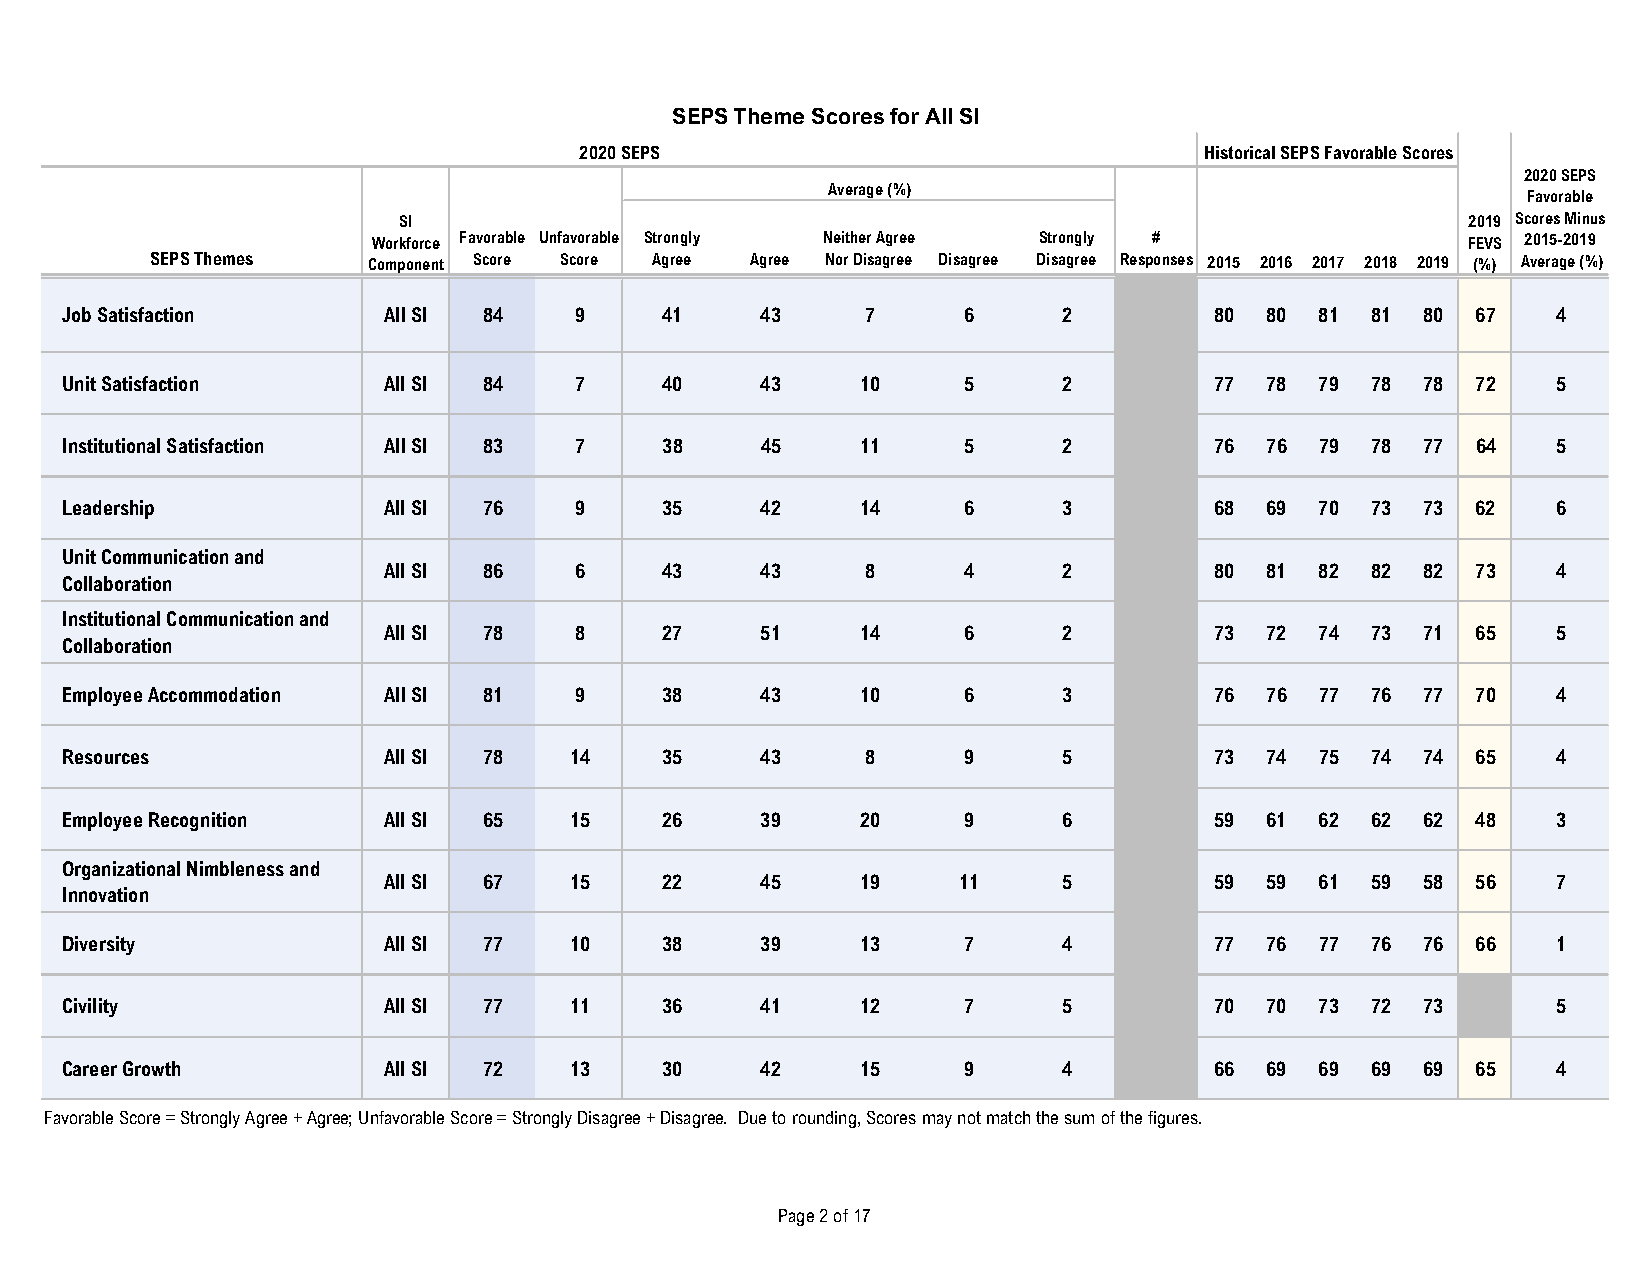
SEPS Theme Scores for All SI
 2020 SEPS                                 Historical SEPS Favorable Scores
 2020 SEPS
 Average (%)
 Favorable
 SI                                                                     2019 Scores Minus
 Workforce Favorable Unfavorable Strongly Neither Agree Strongly #       FEVS 2015-2019
 SEPS Themes   Component Score Score Agree Agree Nor Disagree Disagree Disagree Responses 2015 2016 2017 2018 2019 (%) Average (%)
 Job Satisfaction     All SI 84    9     41    43     7      6     2         80  80 81  81 80  67   4
 Unit Satisfaction    All SI 84    7     40    43     10     5     2         77  78 79  78 78  72   5
 Institutional Satisfaction All SI 83 7  38    45     11     5     2         76  76 79  78 77  64   5
 Leadership           All SI 76    9     35    42     14     6     3         68  69 70  73 73  62   6
 Unit Communication and
 All SI 86    6     43    43     8      4     2         80  81 82  82 82  73   4
 Collaboration
 Institutional Communication and
 All SI 78    8     27    51     14     6     2         73  72 74  73 71  65   5
 Collaboration
 Employee Accommodation All SI 81  9     38    43     10     6     3         76  76 77  76 77  70   4
 Resources            All SI 78    14    35    43     8      9     5         73  74 75  74 74  65   4
 Employee Recognition All SI 65    15    26    39     20     9     6         59  61 62  62 62  48   3
 Organizational Nimbleness and
 All SI 67    15    22    45     19    11     5         59  59 61  59 58  56   7
 Innovation
 Diversity            All SI 77    10    38    39     13     7     4         77  76 77  76 76  66   1
 Civility             All SI 77    11    36    41     12     7     5         70  70 73  72 73       5
 Career Growth        All SI 72    13    30    42     15     9     4         66  69 69  69 69  65   4
 Favorable Score = Strongly Agree + Agree; Unfavorable Score = Strongly Disagree + Disagree. Due to rounding, Scores may not match the sum of the figures.
 Page 2 of 17